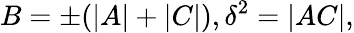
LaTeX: B=\pm(|A|+|C|),\delta^{2}=|AC|,